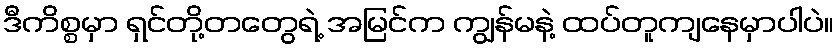
ဒီကိစ္စမှာ ရှင်တို့တတွေရဲ့ အမြင်က ကျွန်မနဲ့ ထပ်တူကျနေမှာပါပဲ။